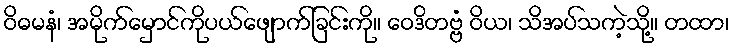
ဝိဓမနံ၊ အမိုက်မှောင်ကိုပယ်ဖျောက်ခြင်းကို။ ဝေဒိတဗ္ဗံ ဝိယ၊ သိအပ်သကဲ့သို့။ တထာ၊